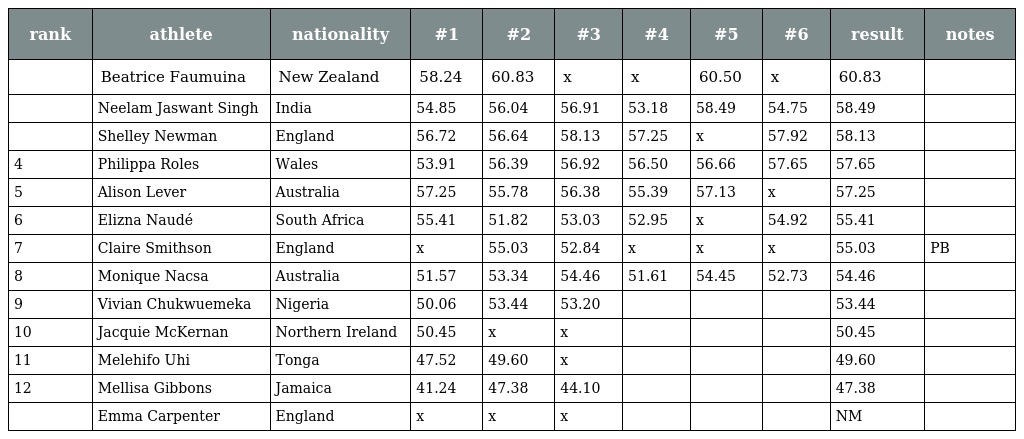
| rank | athlete | nationality | #1 | #2 | #3 | #4 | #5 | #6 | result | notes |
 | --- | --- | --- | --- | --- | --- | --- | --- | --- | --- | --- |
 |  | Beatrice Faumuina | New Zealand | 58.24 | 60.83 | x | x | 60.50 | x | 60.83 |  |
 |  | Neelam Jaswant Singh | India | 54.85 | 56.04 | 56.91 | 53.18 | 58.49 | 54.75 | 58.49 |  |
 |  | Shelley Newman | England | 56.72 | 56.64 | 58.13 | 57.25 | x | 57.92 | 58.13 |  |
 | 4 | Philippa Roles | Wales | 53.91 | 56.39 | 56.92 | 56.50 | 56.66 | 57.65 | 57.65 |  |
 | 5 | Alison Lever | Australia | 57.25 | 55.78 | 56.38 | 55.39 | 57.13 | x | 57.25 |  |
 | 6 | Elizna Naudé | South Africa | 55.41 | 51.82 | 53.03 | 52.95 | x | 54.92 | 55.41 |  |
 | 7 | Claire Smithson | England | x | 55.03 | 52.84 | x | x | x | 55.03 | PB |
 | 8 | Monique Nacsa | Australia | 51.57 | 53.34 | 54.46 | 51.61 | 54.45 | 52.73 | 54.46 |  |
 | 9 | Vivian Chukwuemeka | Nigeria | 50.06 | 53.44 | 53.20 |  |  |  | 53.44 |  |
 | 10 | Jacquie McKernan | Northern Ireland | 50.45 | x | x |  |  |  | 50.45 |  |
 | 11 | Melehifo Uhi | Tonga | 47.52 | 49.60 | x |  |  |  | 49.60 |  |
 | 12 | Mellisa Gibbons | Jamaica | 41.24 | 47.38 | 44.10 |  |  |  | 47.38 |  |
 |  | Emma Carpenter | England | x | x | x |  |  |  | NM |  |